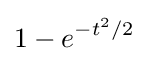
1-e^{-t^{2}/2}